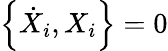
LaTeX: \left\{ \dot{X}_{i},X_{i}\right\} =0